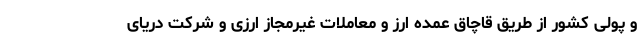
و پولی کشور از طریق قاچاق عمده ارز و معاملات غیرمجاز ارزی و شرکت دریای